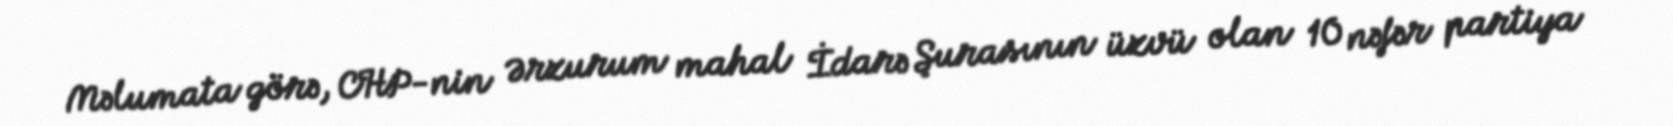
Məlumata görə, CHP-nin Ərzurum mahal İdarə Şurasının üzvü olan 10 nəfər partiya